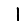
Digit: 1